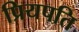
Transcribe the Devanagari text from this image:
प्रियपति